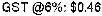
GST @6%: $0.46